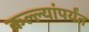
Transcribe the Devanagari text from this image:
कल्ल्यांपर्यंत